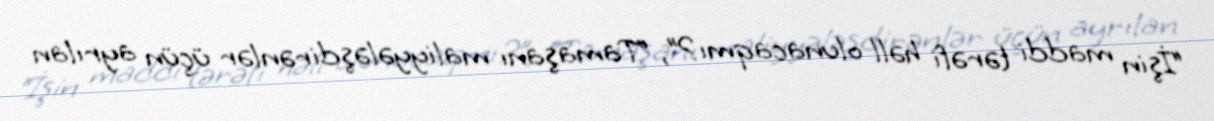
“İşin maddi tərəfi həll olunacaqmı?”, “Tamaşanı maliyyələşdirənlər üçün ayrılan